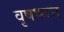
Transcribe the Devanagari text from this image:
वृषभान